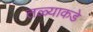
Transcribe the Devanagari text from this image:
तळ्याकडे